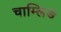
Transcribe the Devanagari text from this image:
चाम्लिङ